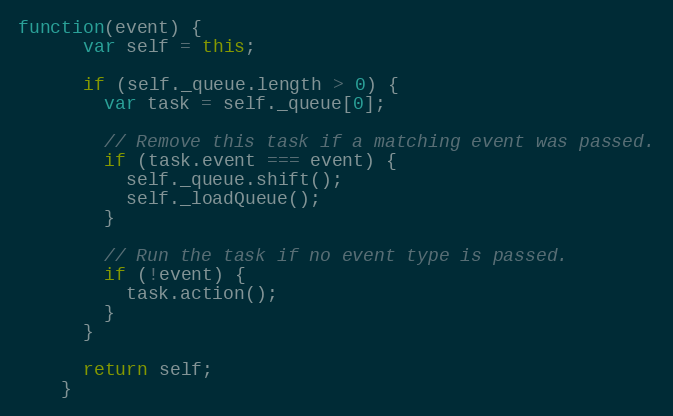
Language: JavaScript
function(event) {
      var self = this;

      if (self._queue.length > 0) {
        var task = self._queue[0];

        // Remove this task if a matching event was passed.
        if (task.event === event) {
          self._queue.shift();
          self._loadQueue();
        }

        // Run the task if no event type is passed.
        if (!event) {
          task.action();
        }
      }

      return self;
    }